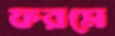
ফরমে